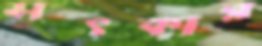
সৎকার